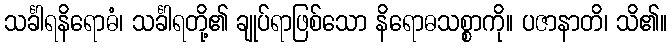
သင်္ခါရနိရောဓံ၊ သင်္ခါရတို့၏ ချုပ်ရာဖြစ်သော နိရောဓသစ္စာကို။ ပဇာနာတိ၊ သိ၏။